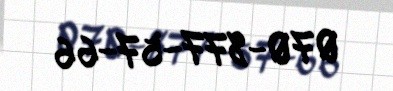
070-877-57-66